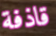
قاذفة